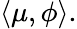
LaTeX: \langle\mu,\phi\rangle.